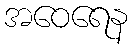
အဝေရေန